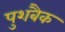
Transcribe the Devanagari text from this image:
पुशबैक